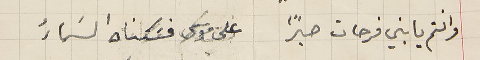
وانتم يا بني فرحات صبراً على موسَى فسَكناه السَماءُ